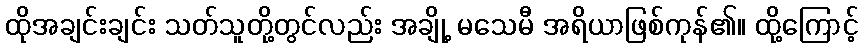
ထိုအချင်းချင်း သတ်သူတို့တွင်လည်း အချို့ မသေမီ အရိယာဖြစ်ကုန်၏။ ထို့ကြောင့်